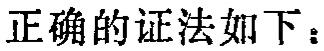
正确的证法如下：